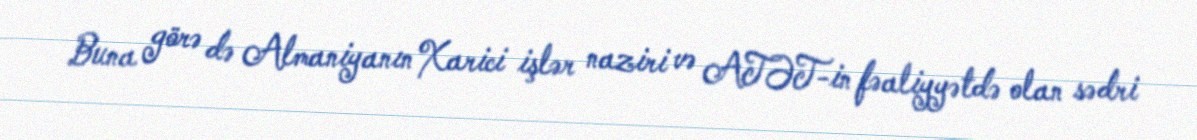
Buna görə də Almaniyanın Xarici işlər naziri və ATƏT-in fəaliyyətdə olan sədri